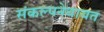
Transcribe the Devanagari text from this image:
संकल्पनेबाबत